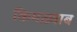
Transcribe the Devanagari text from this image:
किमख़्वाब